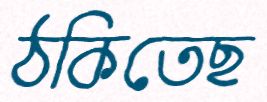
ঠকিতেছ